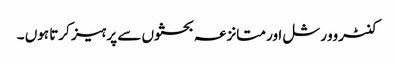
کنٹروورشل اور متانزعہ بحثوں سے پرہیز کرتا ہوں ۔